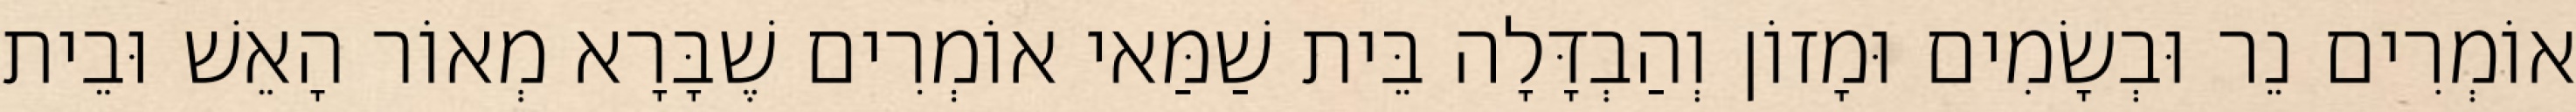
אוֹמְרִים נֵר וּבְשָׂמִים וּמָזוֹן וְהַבְדָּלָה בֵּית שַׁמַּאי אוֹמְרִים שֶׁבָּרָא מְאוֹר הָאֵשׁ וּבֵית